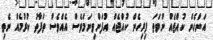
އަންހެން ކުއްޖެއް ނުވަތަ ފިރިހެން ކުއްޖެއް އުފަންވިނަމަވެސް އެއްވެސް ތަފާތު ކުރުމެއް ނެތި